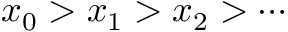
x _ { 0 } > x _ { 1 } > x _ { 2 } > \cdots